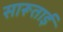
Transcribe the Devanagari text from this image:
सारूताई